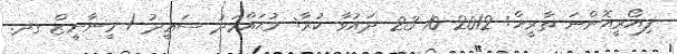
ފިޔޯރީއޮންނަ ތާރީޚް: 2012-10-23 ދައުވާ ކުރާ: މުޙައްމަދު ސަޢީދު / މީނާނީޒް ގދ.